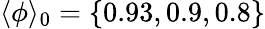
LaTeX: \langle\phi\rangle_{0}=\{ 0.93,0.9,0.8\}